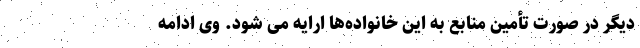
دیگر در صورت تأمین منابع به این خانواده‌ها ارایه می شود. وی ادامه